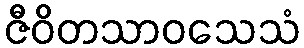
ဇီဝိတသာဝသေသံ